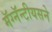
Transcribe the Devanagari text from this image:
मॅग्नॅन्टीयसने